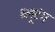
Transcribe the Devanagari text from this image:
ब्लूटंग